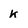
Character: K